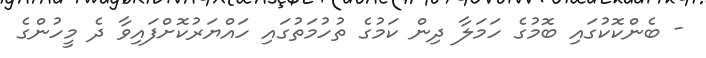
- ބެންކޮކުގައި ބޮމުގެ ހަމަލާ ދިން ކަމުގެ ތުހުމަތުގައި ހައްޔަރުކޮށްފައިވާ ދެ މީހުންގެ